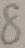
8